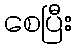
စေပြီး